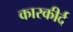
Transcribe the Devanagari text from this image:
कारकीर्द